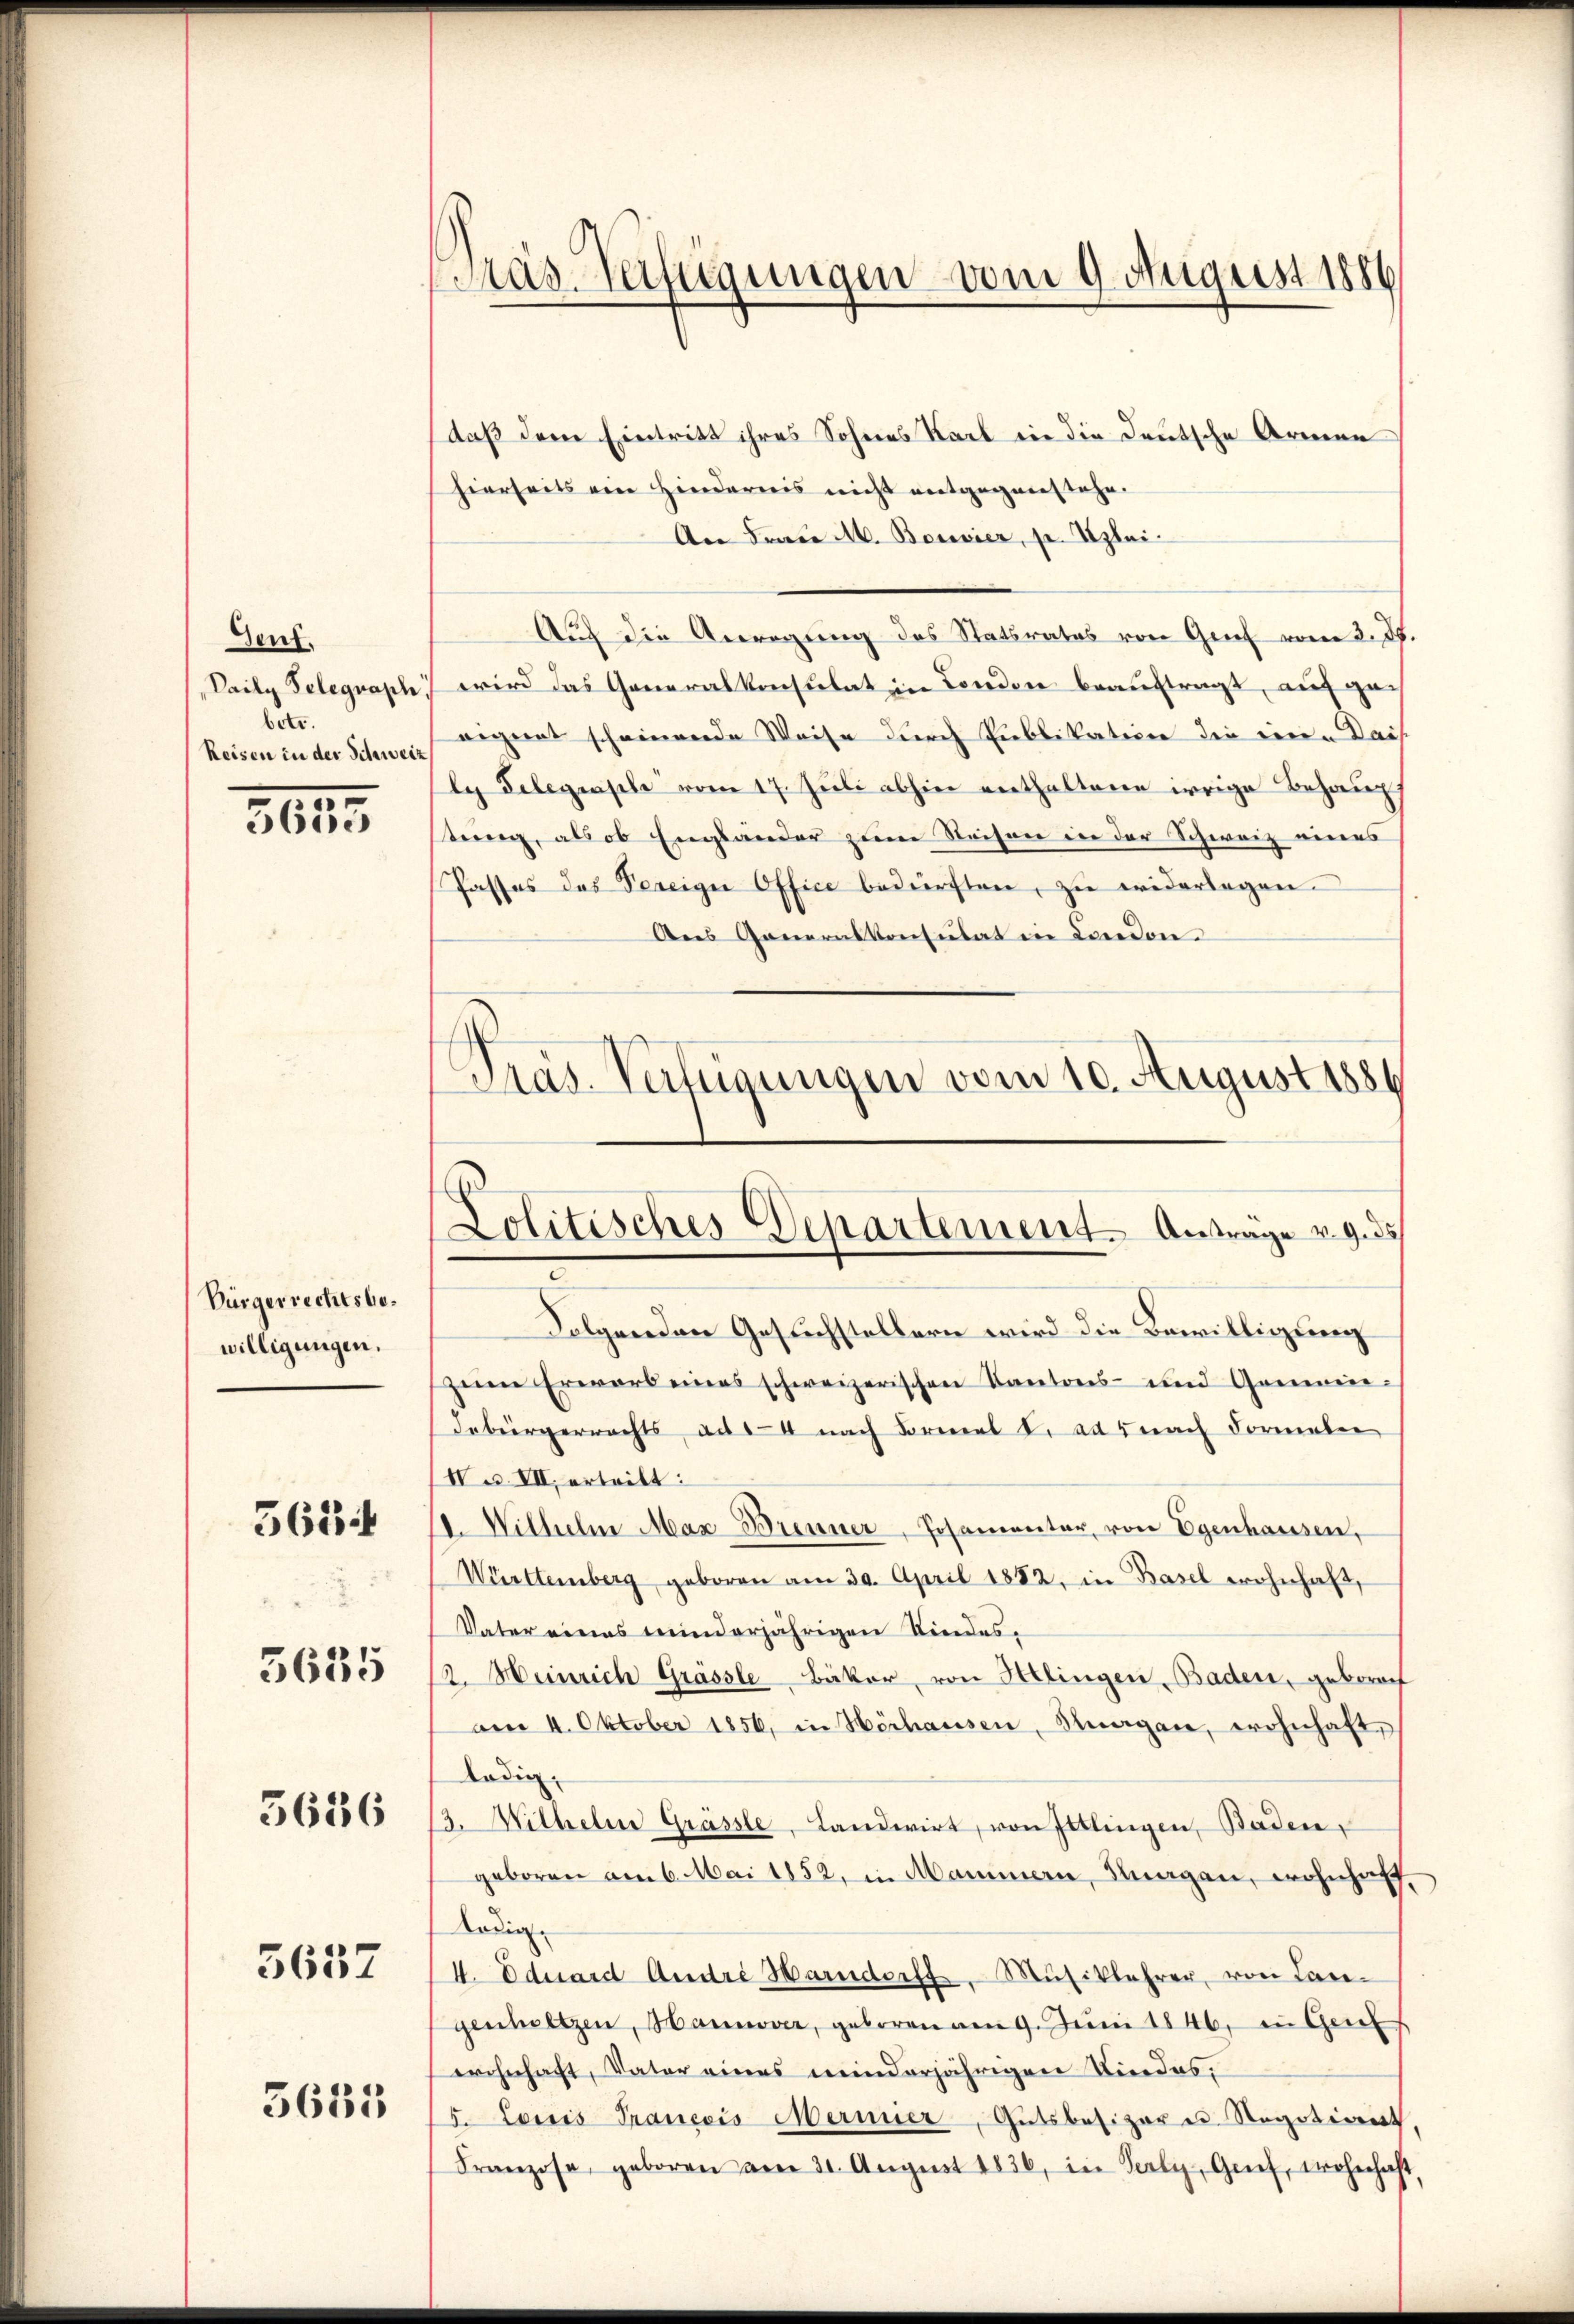
Gent.
Daily Telegraph
betr.
Reisen in der Schweiz

5633

Bürgerrechtsbewilligungen.

362

5635

5636

5657

5685

Mas-Verfügungen vom 9. August 1886

daß dem Eintritt ihres Sohnes Karl in die Deutsche Armen
hierseits ein Hindernis nicht entgegenstehe.
An Frau M. Bonier, p. Uzlei-
Auf die Anregŭng des Statsrates von Genf vom 3. J.
wird das Generalkonsulat in London beauftragt, auf geeignet scheinende Weise durch Publikation die eine Dais
ly Telegrasche vom 17. Jŭli abhin enthaltene irrige Behaup
tung, als ob Englander zum Reisen in der Schweiz eines
Passes des Vereige Office bedürften, zu widerlagen.
Ans Generalkonsulat in London
Pras. Verfügungen vom 10. August 1884

Lolitisches Departement. Antrage v. 9. ds

Folgenden Gesuchstellern wird die Bewilligung
zeim Erwarb eines schweizerischen Kantons- und Gemein-
debürgerrechts, ad 4 nach Formal V. ad 5 nach Formalen
Ia VII, ertritt:
1. Wilhelm Max Brenner, Josamentar, von Egenhausen,
Württemberg geboren am 30. April 1882, in Basel wohnhaft,
Vater eines minderjährigen Kindes,
2. Meinrich Grässle-Bäker, von Helingen, Baden, gebrach
am 4. Oktober 1856, in Höchausen, Knagan, wohnhaft,
Radig
3. Mithelm Grässle, Landwirt, von Ittlingen, Baden,
geboren am 6. Mai 1852, in Mammern, Kragen, wohnhaft
ledig
4. Eduard Andre Harndorff, Musiklehrer, von Lan-
genheitzen, Hannover, geboren am 9. Jŭni 1846, in Gesel
wohnhaft, Vater eines meinderjährigen Kindes,
5. Louis Trancois Mermier, Gutsbesizer u Regotivit
Franzose, geboren am 31. August 1836, in Verly, Grief, wohnhaft,